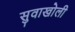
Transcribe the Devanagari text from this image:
सुवाखोली